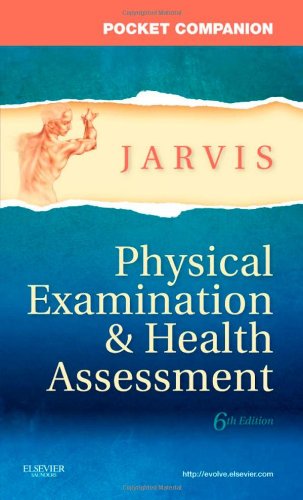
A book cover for Pocket Companion for Physical Examination and Health Assessment, 6e (Jarvis, Pocket Companion for Physical Examination and Health Assessment); Carolyn Jarvis PhD  APN  CNP; Medical Books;